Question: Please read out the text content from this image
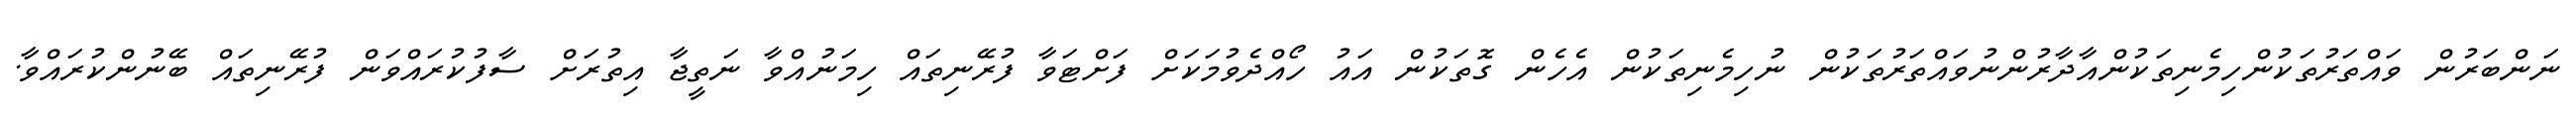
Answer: ނަންބަރުން ވައްތަރުތަކުންހިމެނިތަކުންއާދާރުންނުވައްތަރުތަކުން ނުހިމެނިތަކުން އެހެން ގޮތަކުން އައު ހޯއްދެވުމަކަށް ފަށްޓަވާ ފުރޭނިތައް ހިމަނުއްވާ ނަތީޖާ އިތުރަށް ސާފުކުރައްވަން ފުރޭނިތައް ބޭނުންކުރައްވާ.